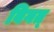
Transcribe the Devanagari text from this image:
विगत्